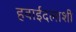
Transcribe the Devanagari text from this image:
हवाईदलाशी